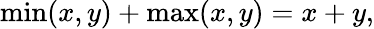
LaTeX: \operatorname*{min}(x,y)+\operatorname*{max}(x,y)=x+y,